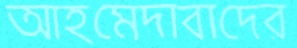
আহমেদাবাদের